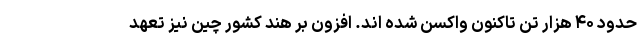
حدود ۴۰ هزار تن تاکنون واکسن شده ‌اند. افزون بر هند کشور چین نیز تعهد